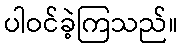
ပါဝင်ခဲ့ကြသည်။